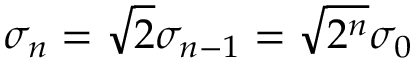
\sigma _ { n } = \sqrt { 2 } \sigma _ { n - 1 } = \sqrt { 2 ^ { n } } \sigma _ { 0 }